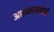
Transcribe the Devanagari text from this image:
अराकानक्षेत्री